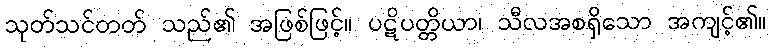
သုတ်သင်တတ် သည်၏ အဖြစ်ဖြင့်။ ပဋိပတ္တိယာ၊ သီလအစရှိသော အကျင့်၏။